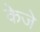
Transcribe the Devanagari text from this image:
केजे